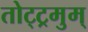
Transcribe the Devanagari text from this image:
तोट्ट्रमुम्